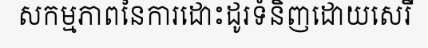
សកម្មភាពនៃការដោះដូរទំនិញដោយសេរី